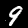
Label: 9